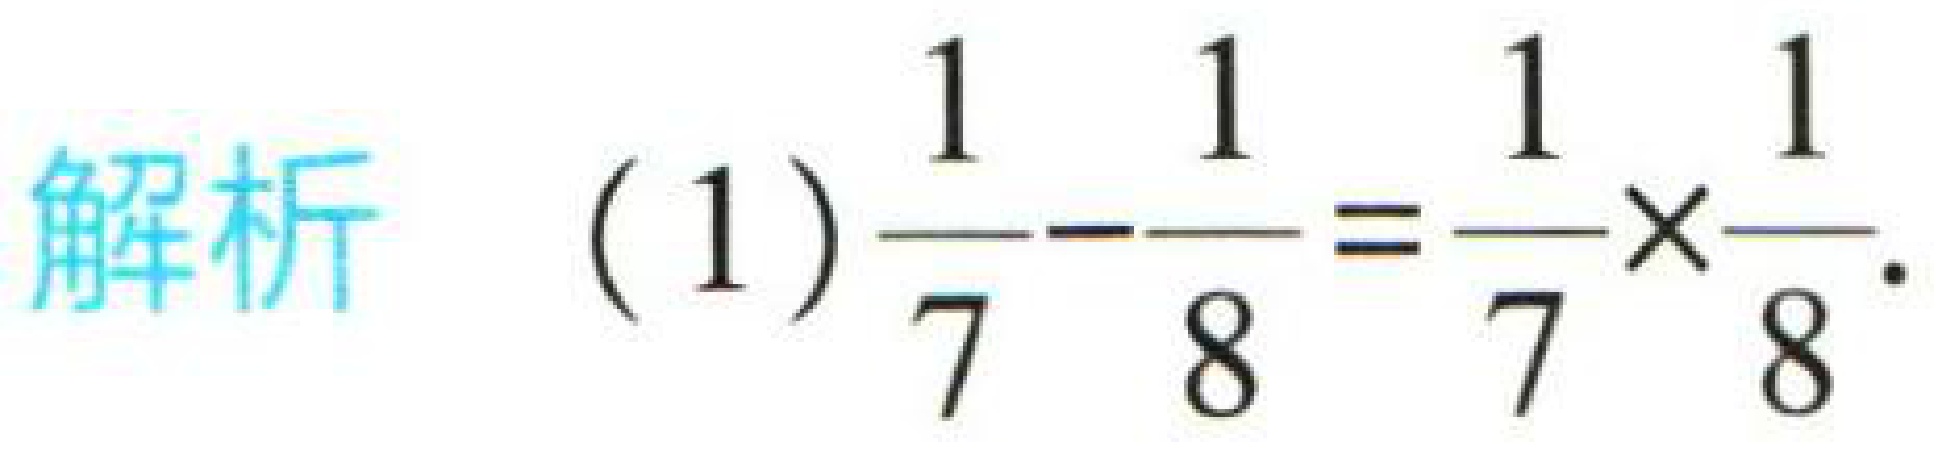
解析 (1) $\frac{1}{7}-\frac{1}{8}=\frac{1}{7}\times\frac{1}{8}$.